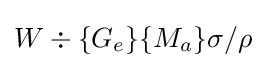
W\div \{G_{e}\}\{M_{a}\}\sigma /\rho